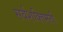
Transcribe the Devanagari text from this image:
सर्वशक्तिमती